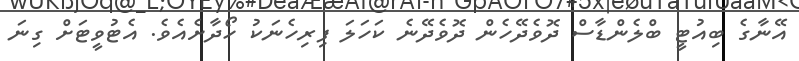
އޭނާގެ ބިއުޓީ ބްލެންޑާސް ދޮވެދޭހެން ދޮވެދޭނެ ކަހަލަ ފިރިހެނަކު ހޯދާށެއެވެ. އެޓުވީޓަށް ގިނަ